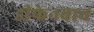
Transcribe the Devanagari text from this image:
डीफेनबाच